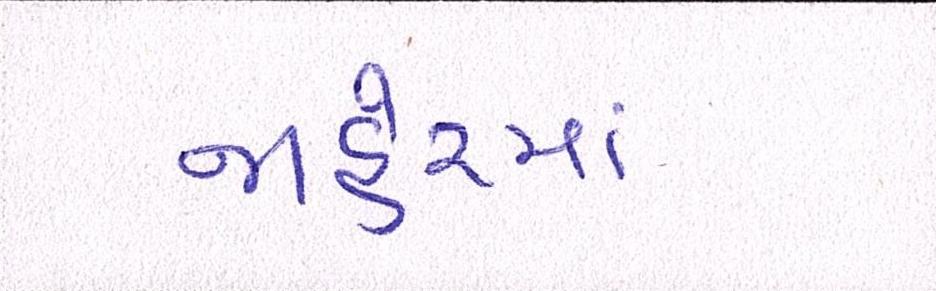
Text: જાહેરમાં